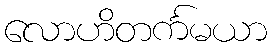
လောဟိတင်္ကမယာ